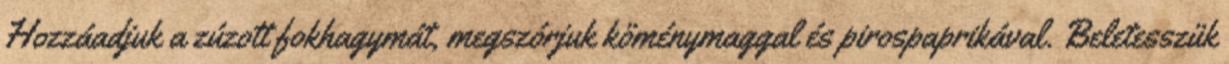
Hozzáadjuk a zúzott fokhagymát, megszórjuk köménymaggal és pirospaprikával. Beletesszük